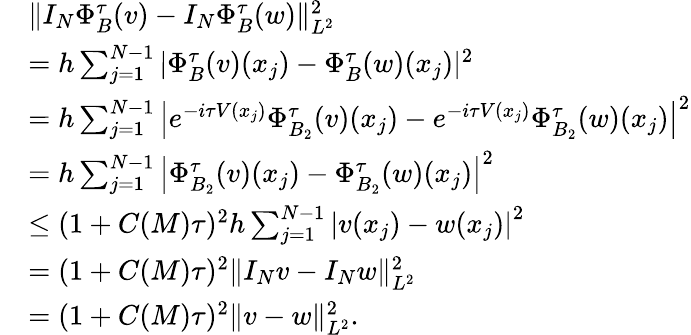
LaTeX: \begin{array}{rl}&{\| I_{N}\Phi_{B}^{\tau}(v)-I_{N}\Phi_{B}^{\tau}(w)\| _{L^{2}}^{2}}\\ &{=h\sum_{j=1}^{N-1}|\Phi_{B}^{\tau}(v)(x_{j})-\Phi_{B}^{\tau}(w)(x_{j})|^{2}}\\ &{=h\sum_{j=1}^{N-1}\left|e^{-i\tau V(x_{j})}\Phi_{B_{2}}^{\tau}(v)(x_{j})-e^{-i\tau V(x_{j})}\Phi_{B_{2}}^{\tau}(w)(x_{j})\right|^{2}}\\ &{=h\sum_{j=1}^{N-1}\left|\Phi_{B_{2}}^{\tau}(v)(x_{j})-\Phi_{B_{2}}^{\tau}(w)(x_{j})\right|^{2}}\\ &{\leq(1+C(M)\tau)^{2}h\sum_{j=1}^{N-1}\left|v(x_{j})-w(x_{j})\right|^{2}}\\ &{=(1+C(M)\tau)^{2}\| I_{N}v-I_{N}w\| _{L^{2}}^{2}}\\ &{=(1+C(M)\tau)^{2}\| v-w\| _{L^{2}}^{2}.}\end{array}